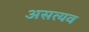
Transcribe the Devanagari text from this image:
असत्यव